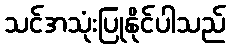
သင်အသုံးပြုနိုင်ပါသည်